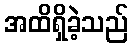
အထိရှိခဲ့သည်